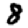
Digit: 8